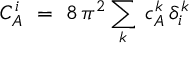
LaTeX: C _ { A } ^ { i } \ = \ 8 \, \pi ^ { 2 } \sum _ { k } \: c _ { A } ^ { k } \, \delta _ { i } ^ { k }